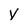
Character: y